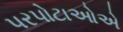
પરપોટાઓએ